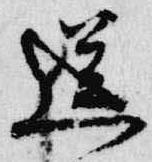
送